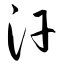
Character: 汗